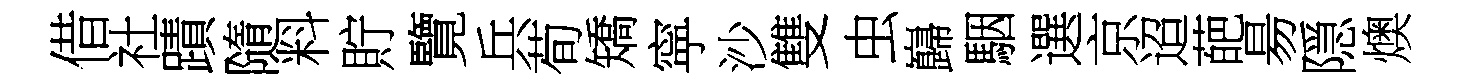
借社蹟隨料貯覽兵荀矯寜沙雙虫巋駰選京迢葩昜隠燠